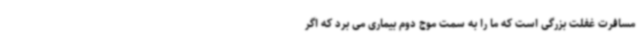
مسافرت غفلت بزرگی است که ما را به سمت موج دوم بیماری می برد که اگر